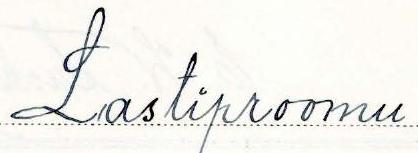
Lastiproomu